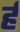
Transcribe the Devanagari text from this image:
र्ह